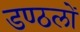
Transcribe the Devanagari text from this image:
डण्ठलों